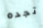
تجده